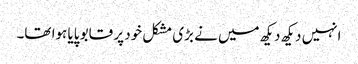
انہیں دیکھ دیکھ میں نے بڑی مشکل خود پر قابو پایا ہوا تھا۔